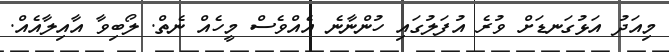
މިއަދު އަޅުގަނޑަށް ވުރެ އުފަލުގައި ހުންނާނެ އެއްވެސް މީހެއް ނެތް. ލޯބިވާ އާއިލާއެއް.